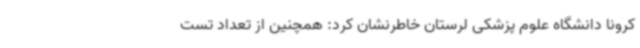
کرونا دانشگاه علوم پزشکی لرستان خاطرنشان کرد: همچنین از تعداد تست